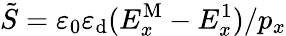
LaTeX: \tilde{S}=\varepsilon_{0}\varepsilon_{\mathrm{d}}(E_{x}^{\mathrm{M}}-E_{x}^{\mathrm{1}})/p_{x}